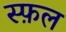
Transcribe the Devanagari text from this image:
स्फ़ल